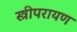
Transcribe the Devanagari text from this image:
स्त्रीपरायण